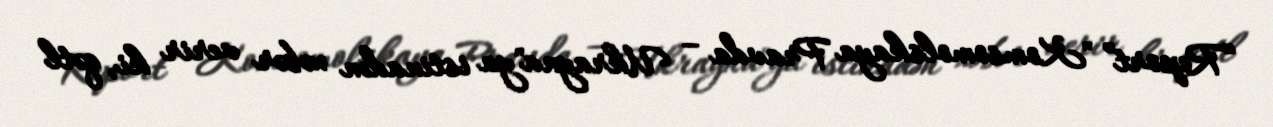
“Report” "Komsomolskaya Pravda – Ukrayna"ya istinadən xəbər verir ki, qətl